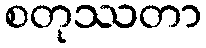
စတုဿတာ